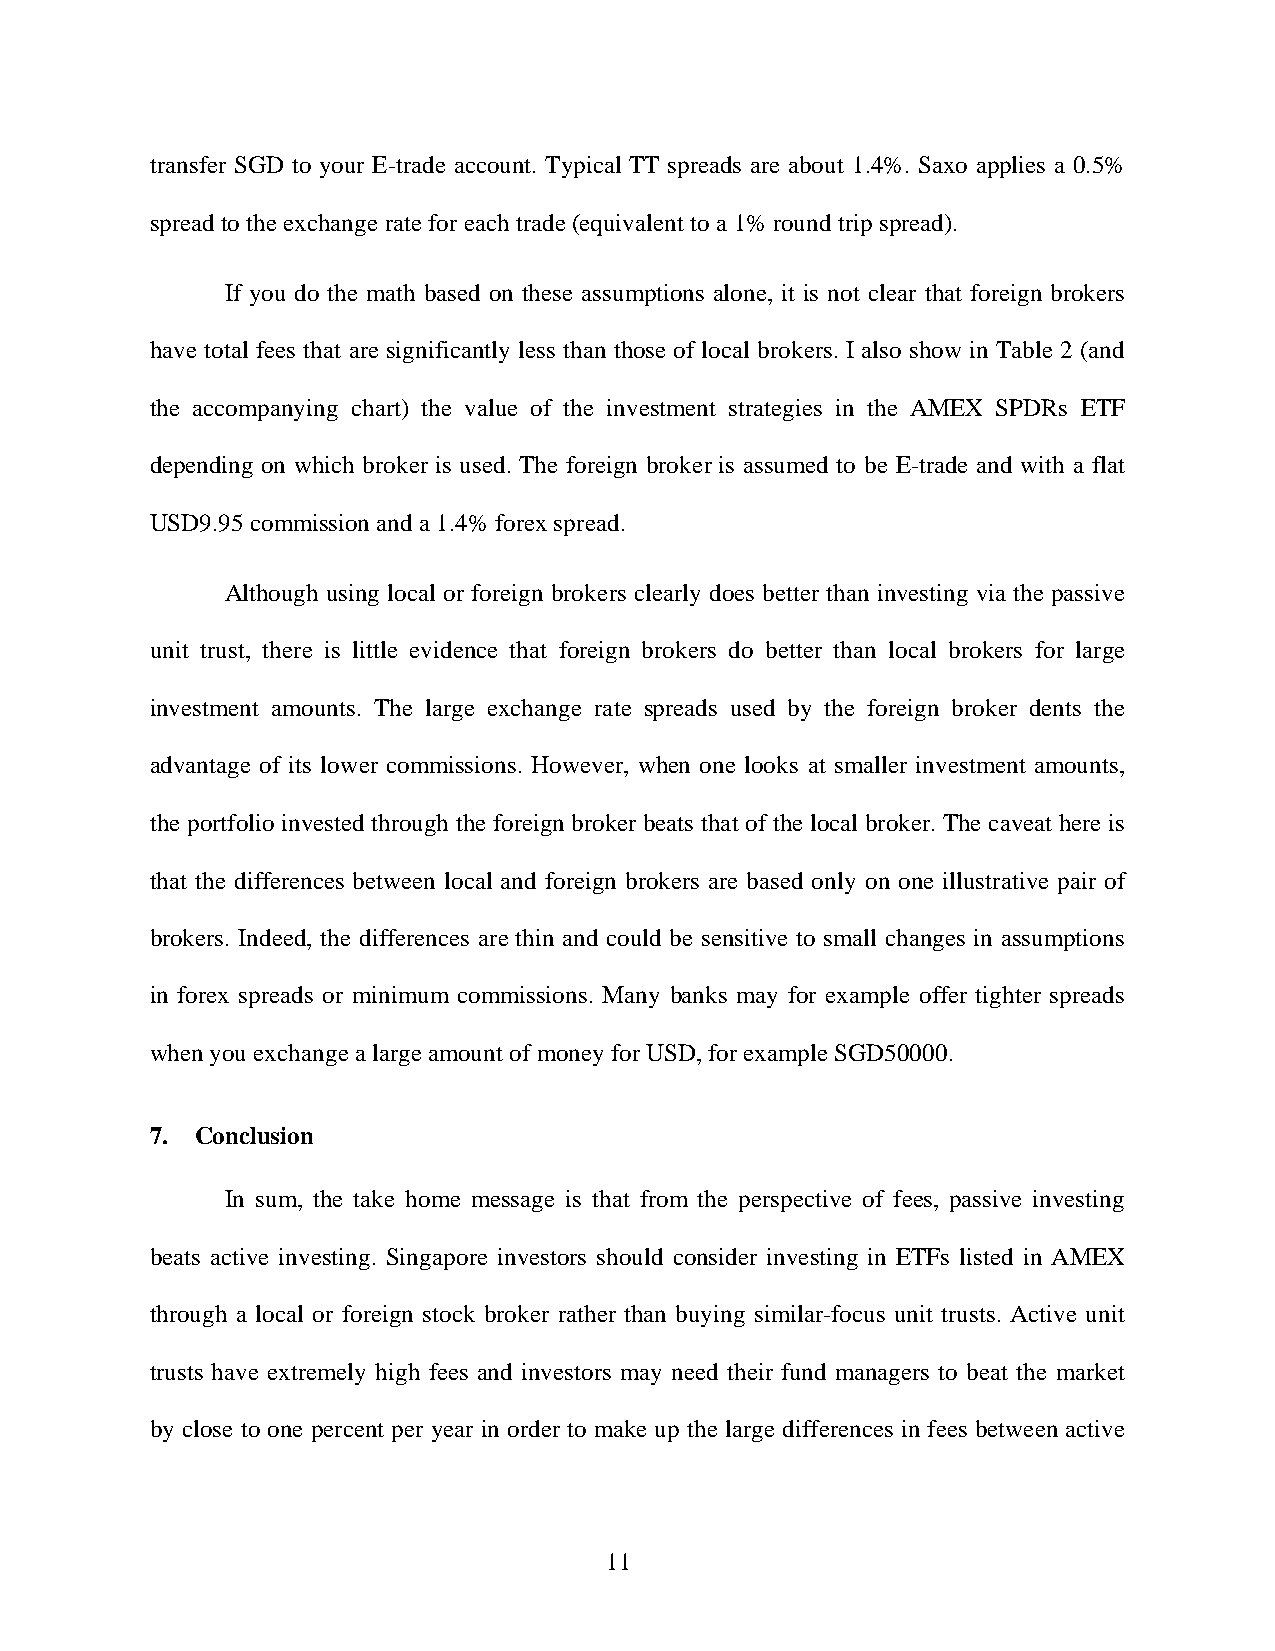
transfer SGD to your E-trade account. Typical TT spreads are about 1.4%. Saxo applies a 0.5%
 spread to the exchange rate for each trade (equivalent to a 1% round trip spread).
 If you do the math based on these assumptions alone, it is not clear that foreign brokers
 have total fees that are significantly less than those of local brokers. I also show in Table 2 (and
 the accompanying chart) the value of the investment strategies in the AMEX SPDRs ETF
 depending on which broker is used. The foreign broker is assumed to be E-trade and with a flat
 USD9.95 commission and a 1.4% forex spread.
 Although using local or foreign brokers clearly does better than investing via the passive
 unit trust, there is little evidence that foreign brokers do better than local brokers for large
 investment amounts. The large exchange rate spreads used by the foreign broker dents the
 advantage of its lower commissions. However, when one looks at smaller investment amounts,
 the portfolio invested through the foreign broker beats that of the local broker. The caveat here is
 that the differences between local and foreign brokers are based only on one illustrative pair of
 brokers. Indeed, the differences are thin and could be sensitive to small changes in assumptions
 in forex spreads or minimum commissions. Many banks may for example offer tighter spreads
 when you exchange a large amount of money for USD, for example SGD50000.
 7. Conclusion
 In sum, the take home message is that from the perspective of fees, passive investing
 beats active investing. Singapore investors should consider investing in ETFs listed in AMEX
 through a local or foreign stock broker rather than buying similar-focus unit trusts. Active unit
 trusts have extremely high fees and investors may need their fund managers to beat the market
 by close to one percent per year in order to make up the large differences in fees between active
 11